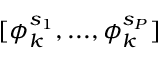
[ \phi _ { k } ^ { s _ { 1 } } , . . . , \phi _ { k } ^ { s _ { P } } ]